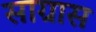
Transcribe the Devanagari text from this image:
साग्रास